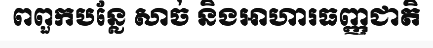
ពពួកបន្លែ សាច់ និងអាហារធញ្ញជាតិ